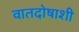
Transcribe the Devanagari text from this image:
वातदोषाशी